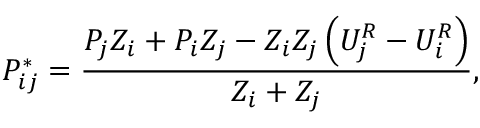
P _ { i j } ^ { * } = \frac { P _ { j } Z _ { i } + P _ { i } Z _ { j } - Z _ { i } Z _ { j } \left( U _ { j } ^ { R } - U _ { i } ^ { R } \right) } { Z _ { i } + Z _ { j } } ,